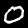
Label: 0